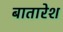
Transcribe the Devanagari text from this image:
बातारेश